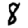
Digit: 8